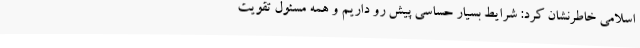
اسلامی خاطرنشان کرد: شرایط بسیار حساسی پیش رو داریم و همه مسئول تقویت